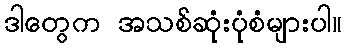
ဒါတွေက အသစ်ဆုံးပုံစံများပါ။